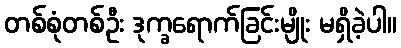
တစ်စုံတစ်ဦး ဒုက္ခရောက်ခြင်းမျိုး မရှိခဲ့ပါ။